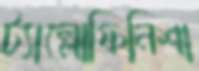
ট্যাল্লোফিনিশা